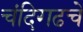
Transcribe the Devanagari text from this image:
चंदिगढचे